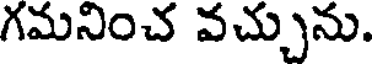
గమనించ వచ్చును.